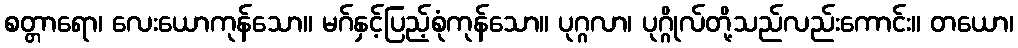
စတ္တာရော၊ လေးယောကုန်သော။ မဂ်နှင့်ပြည့်စုံကုန်သော။ ပုဂ္ဂလာ၊ ပုဂ္ဂိုလ်တို့သည်လည်းကောင်း။ တယော၊